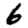
Digit: 6